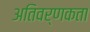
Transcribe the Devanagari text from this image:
अतिवर्णकता